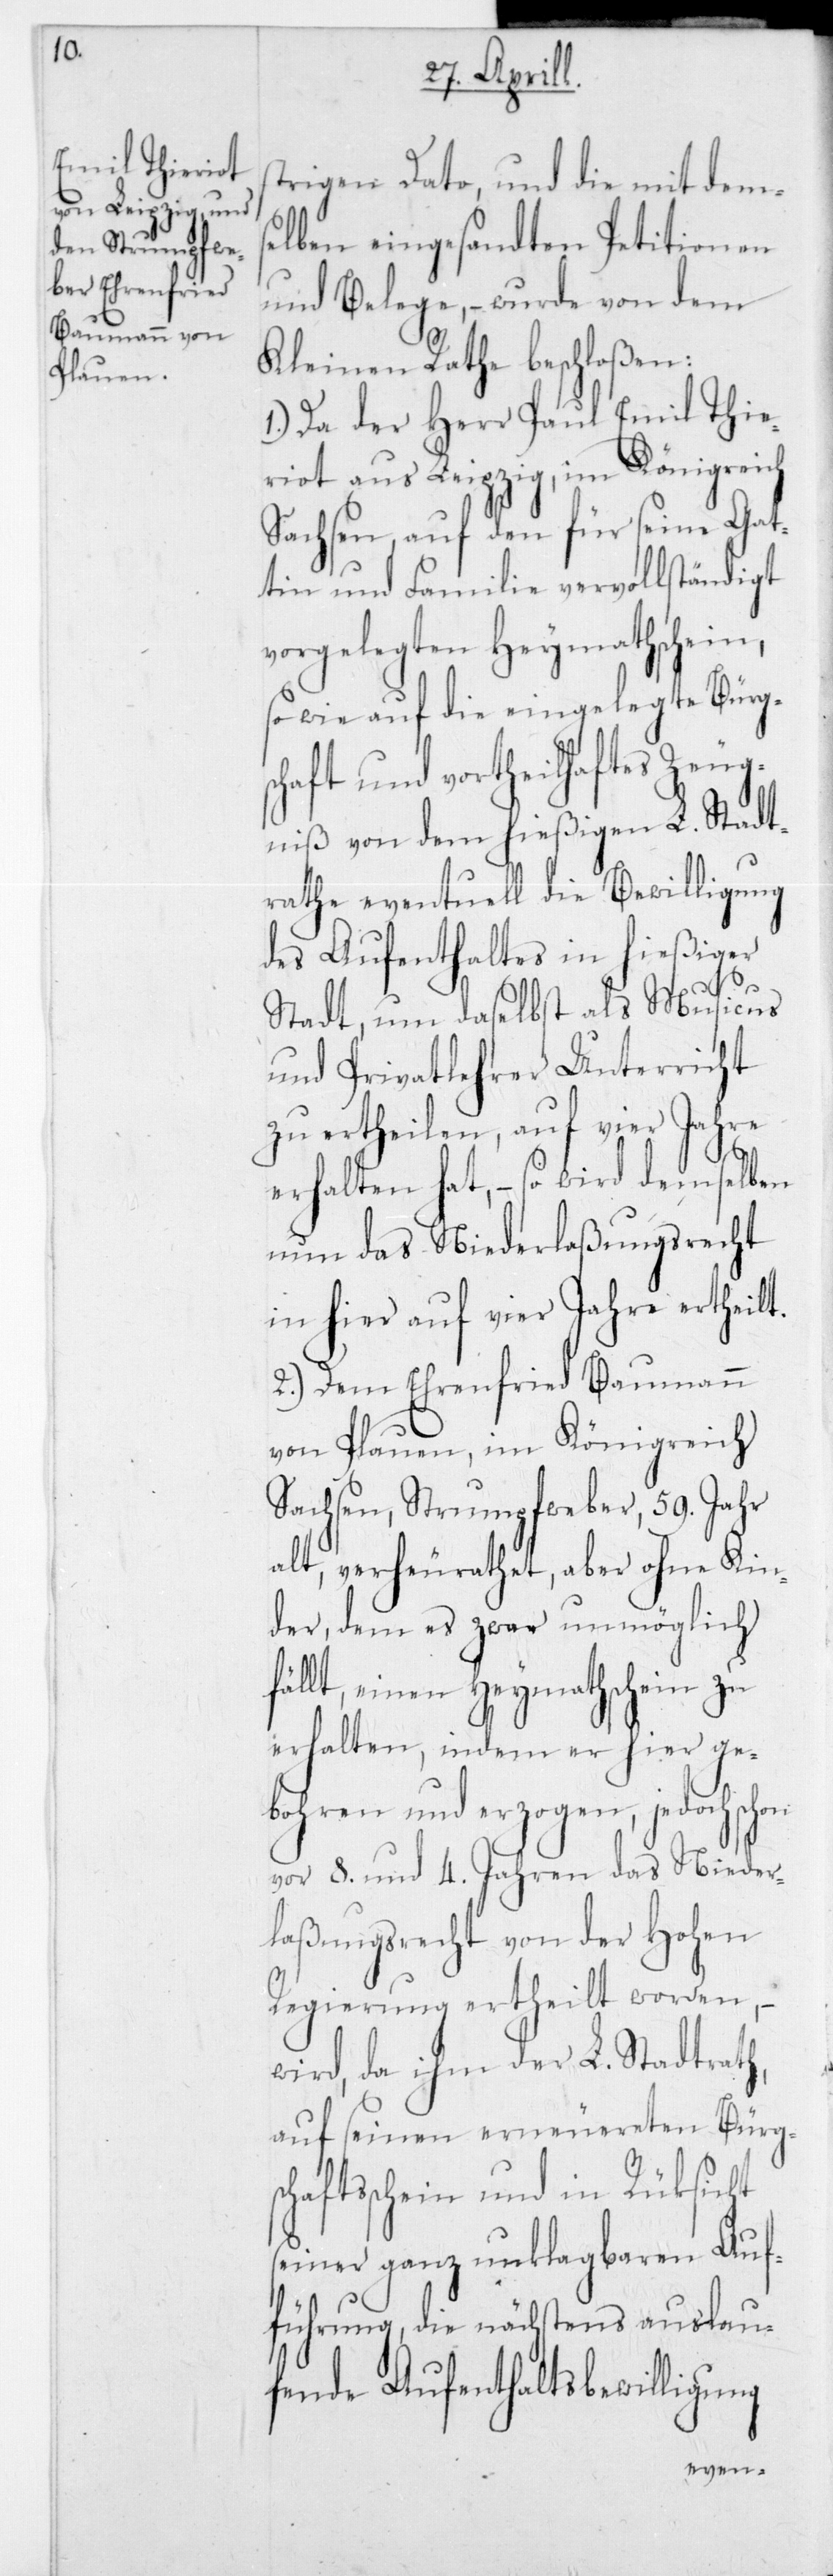
s¬

trigen Dato, und die mit dems¬
elben eingesandten Petitionen
und Belege, – wurde von dem
Kleinen Rathe beschloßen:
1.) Da der Herr Paul Emil Thie¬
riot aus Leipzig, im Königreich
Sachsen, auf den für seine Gat¬
tin und Familie vervollständigt
vorgelegten Heymathschein,
sowie auf die eingelegte Bürg¬
schaft und vortheilhaftes Zeug¬
niß von dem hießigen L. Stadt¬
rathe eventuell die Bewilligung
des Aufenthaltes in hießiger
Stadt, um daselbst als Musicus
und Privatlehrer Unterricht
zu ertheilen, auf vier Jahre
erhalten hat, – so wird demselben
nun das Niederlaßungsrecht
in hier auf vier Jahre ertheilt.
2.) Dem Ehrefried Baumann
von Plauen, im Königreich
Sachsen, Strumpfweber, 59 Jahr
alt, verheurathet, aber ohne Kin¬
der, dem es zwar unmöglich
fällt, einen Heymathschein zu
erhalten, indem er hier ge¬
bohren und erzogen, jedoch
vor 8 und 4 Jahren das Nieder¬
laßungsrecht von der Hohen
Regierung ertheilt worden, –
wird, da ihm der L. Stadtrath,
auf seinen erneuereten Bürgs¬
chaftsschein und in Rücksicht
seiner ganz unklagbaren Auf¬
führung, die nächstens auslau¬
fende Aufenthaltsbewilligung